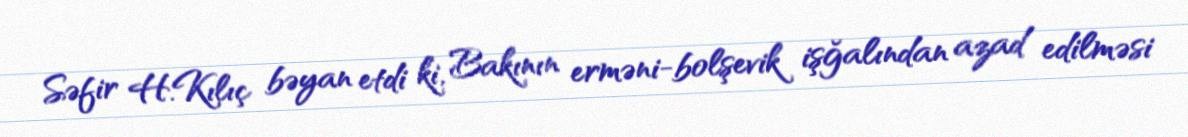
Səfir H.Kılıç bəyan etdi ki, Bakının erməni-bolşevik işğalından azad edilməsi